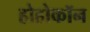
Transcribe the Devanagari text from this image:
होहोकॉन